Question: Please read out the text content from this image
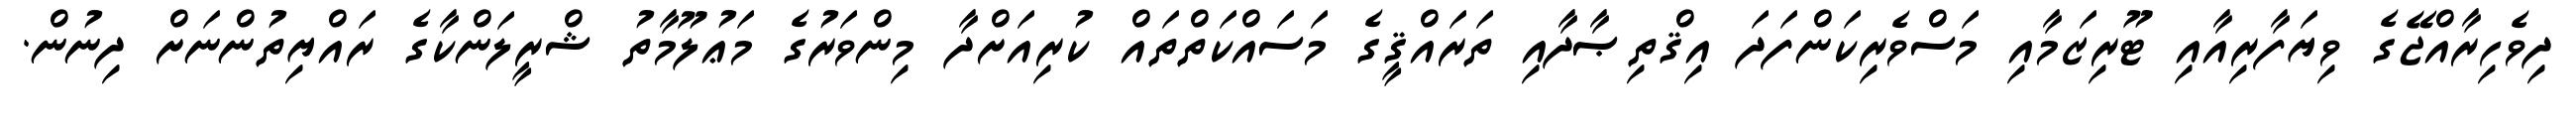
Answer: ދިވެހިރާއްޖޭގެ ވިޔަފާރިއާއި ޓޫރިޒަމާއި މަސްވެރިކަންފަދަ އިޤްތިޞާދާއި ތަރައްޤީގެ މަސައްކަތްތައް ކުރިއަށްދާ މިންވަރުގެ މަޢުލޫމާތު ޝްރީލަންކާގެ ރައްޔިތުންނަށް ދިނުން.